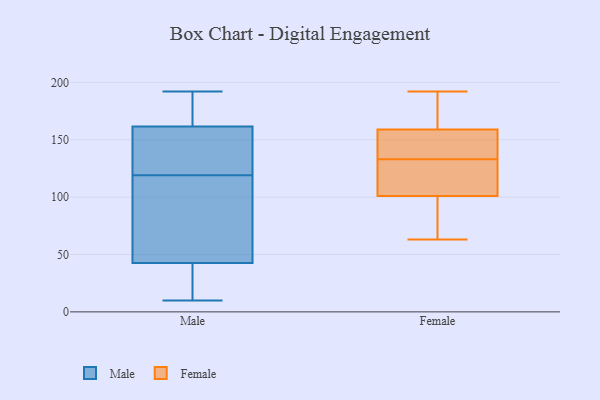
{"axis": {"x": "LTV (USD)", "y": "Value"}, "legend": ["Female", "Male"], "data": [{"x": "", "y": 21, "type": "Male"}, {"x": "", "y": 154, "type": "Male"}, {"x": "", "y": 189, "type": "Male"}, {"x": "", "y": 45, "type": "Male"}, {"x": "", "y": 192, "type": "Male"}, {"x": "", "y": 10, "type": "Male"}, {"x": "", "y": 149, "type": "Male"}, {"x": "", "y": 184, "type": "Male"}, {"x": "", "y": 101, "type": "Male"}, {"x": "", "y": 35, "type": "Male"}, {"x": "", "y": 126, "type": "Male"}, {"x": "", "y": 119, "type": "Male"}, {"x": "", "y": 56, "type": "Male"}, {"x": "", "y": 159, "type": "Female"}, {"x": "", "y": 76, "type": "Female"}, {"x": "", "y": 114, "type": "Female"}, {"x": "", "y": 186, "type": "Female"}, {"x": "", "y": 63, "type": "Female"}, {"x": "", "y": 192, "type": "Female"}, {"x": "", "y": 101, "type": "Female"}, {"x": "", "y": 118, "type": "Female"}, {"x": "", "y": 141, "type": "Female"}, {"x": "", "y": 147, "type": "Female"}, {"x": "", "y": 133, "type": "Female"}, {"x": "", "y": 64, "type": "Female"}, {"x": "", "y": 185, "type": "Female"}, {"x": "", "y": 133, "type": "Female"}]}